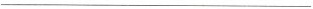
___